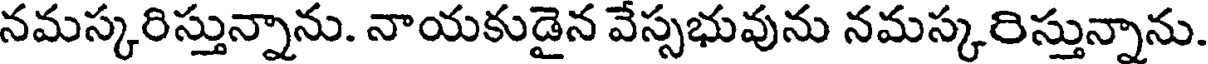
నమస్కరిస్తున్నాను. నాయకుడైన వేస్సభువును నమస్కరిస్తున్నాను.